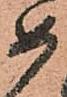
如